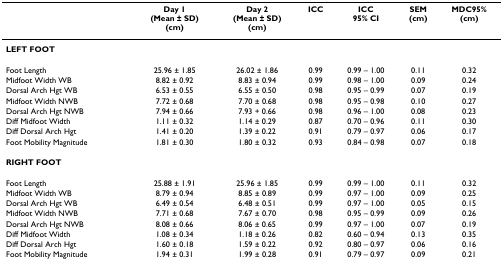
<table><thead><tr><td></td><td><b>Day 1(Mean ± SD)(cm)</b></td><td><b>Day 2(Mean ± SD)(cm)</b></td><td><b>ICC</b></td><td><b>ICC95% CI</b></td><td><b>SEM(cm)</b></td><td><b>MDC95%(cm)</b></td></tr></thead><tbody><tr><td><b>LEFT FOOT</b></td><td></td><td></td><td></td><td></td><td></td><td></td></tr><tr><td>Foot Length</td><td>25.96 ± 1.85</td><td>26.02 ± 1.86</td><td>0.99</td><td>0.99 – 1.00</td><td>0.11</td><td>0.32</td></tr><tr><td>Midfoot Width WB</td><td>8.82 ± 0.92</td><td>8.83 ± 0.94</td><td>0.99</td><td>0.98 – 1.00</td><td>0.09</td><td>0.24</td></tr><tr><td>Dorsal Arch Hgt WB</td><td>6.53 ± 0.55</td><td>6.55 ± 0.50</td><td>0.98</td><td>0.95 – 0.99</td><td>0.07</td><td>0.19</td></tr><tr><td>Midfoot Width NWB</td><td>7.72 ± 0.68</td><td>7.70 ± 0.68</td><td>0.98</td><td>0.95 – 0.98</td><td>0.10</td><td>0.27</td></tr><tr><td>Dorsal Arch Hgt NWB</td><td>7.94 ± 0.66</td><td>7.93 + 0.66</td><td>0.98</td><td>0.96 – 1.00</td><td>0.08</td><td>0.23</td></tr><tr><td>Diff Midfoot Width</td><td>1.11 ± 0.32</td><td>1.14 ± 0.29</td><td>0.87</td><td>0.70 – 0.96</td><td>0.11</td><td>0.30</td></tr><tr><td>Diff Dorsal Arch Hgt</td><td>1.41 ± 0.20</td><td>1.39 ± 0.22</td><td>0.91</td><td>0.79 – 0.97</td><td>0.06</td><td>0.17</td></tr><tr><td>Foot Mobility Magnitude</td><td>1.81 ± 0.30</td><td>1.80 ± 0.32</td><td>0.93</td><td>0.84 – 0.98</td><td>0.07</td><td>0.18</td></tr><tr><td><b>RIGHT FOOT</b></td><td></td><td></td><td></td><td></td><td></td><td></td></tr><tr><td>Foot Length</td><td>25.88 ± 1.91</td><td>25.96 ± 1.85</td><td>0.99</td><td>0.99 – 1.00</td><td>0.11</td><td>0.32</td></tr><tr><td>Midfoot Width WB</td><td>8.79 ± 0.94</td><td>8.85 ± 0.89</td><td>0.99</td><td>0.97 – 1.00</td><td>0.09</td><td>0.25</td></tr><tr><td>Dorsal Arch Hgt WB</td><td>6.49 ± 0.54</td><td>6.48 ± 0.51</td><td>0.99</td><td>0.97 – 1.00</td><td>0.05</td><td>0.15</td></tr><tr><td>Midfoot Width NWB</td><td>7.71 ± 0.68</td><td>7.67 ± 0.70</td><td>0.98</td><td>0.95 – 0.99</td><td>0.09</td><td>0.26</td></tr><tr><td>Dorsal Arch Hgt NWB</td><td>8.08 ± 0.66</td><td>8.06 ± 0.65</td><td>0.99</td><td>0.97 – 1.00</td><td>0.07</td><td>0.19</td></tr><tr><td>Diff Midfoot Width</td><td>1.08 ± 0.34</td><td>1.18 ± 0.26</td><td>0.82</td><td>0.60 – 0.94</td><td>0.13</td><td>0.35</td></tr><tr><td>Diff Dorsal Arch Hgt</td><td>1.60 ± 0.18</td><td>1.59 ± 0.22</td><td>0.92</td><td>0.80 – 0.97</td><td>0.06</td><td>0.16</td></tr><tr><td>Foot Mobility Magnitude</td><td>1.94 ± 0.31</td><td>1.99 ± 0.28</td><td>0.91</td><td>0.79 – 0.97</td><td>0.09</td><td>0.21</td></tr></tbody></table>